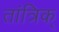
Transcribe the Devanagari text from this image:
तांत्रिक्